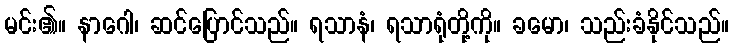
မင်း၏။ နာဂေါ၊ ဆင်ပြောင်သည်။ ရသာနံ၊ ရသာရုံတို့ကို။ ခမော၊ သည်းခံနိုင်သည်။